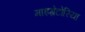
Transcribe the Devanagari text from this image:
माइग्रेटोरिया